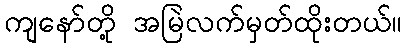
ကျနော်တို့ အမြဲလက်မှတ်ထိုးတယ်။